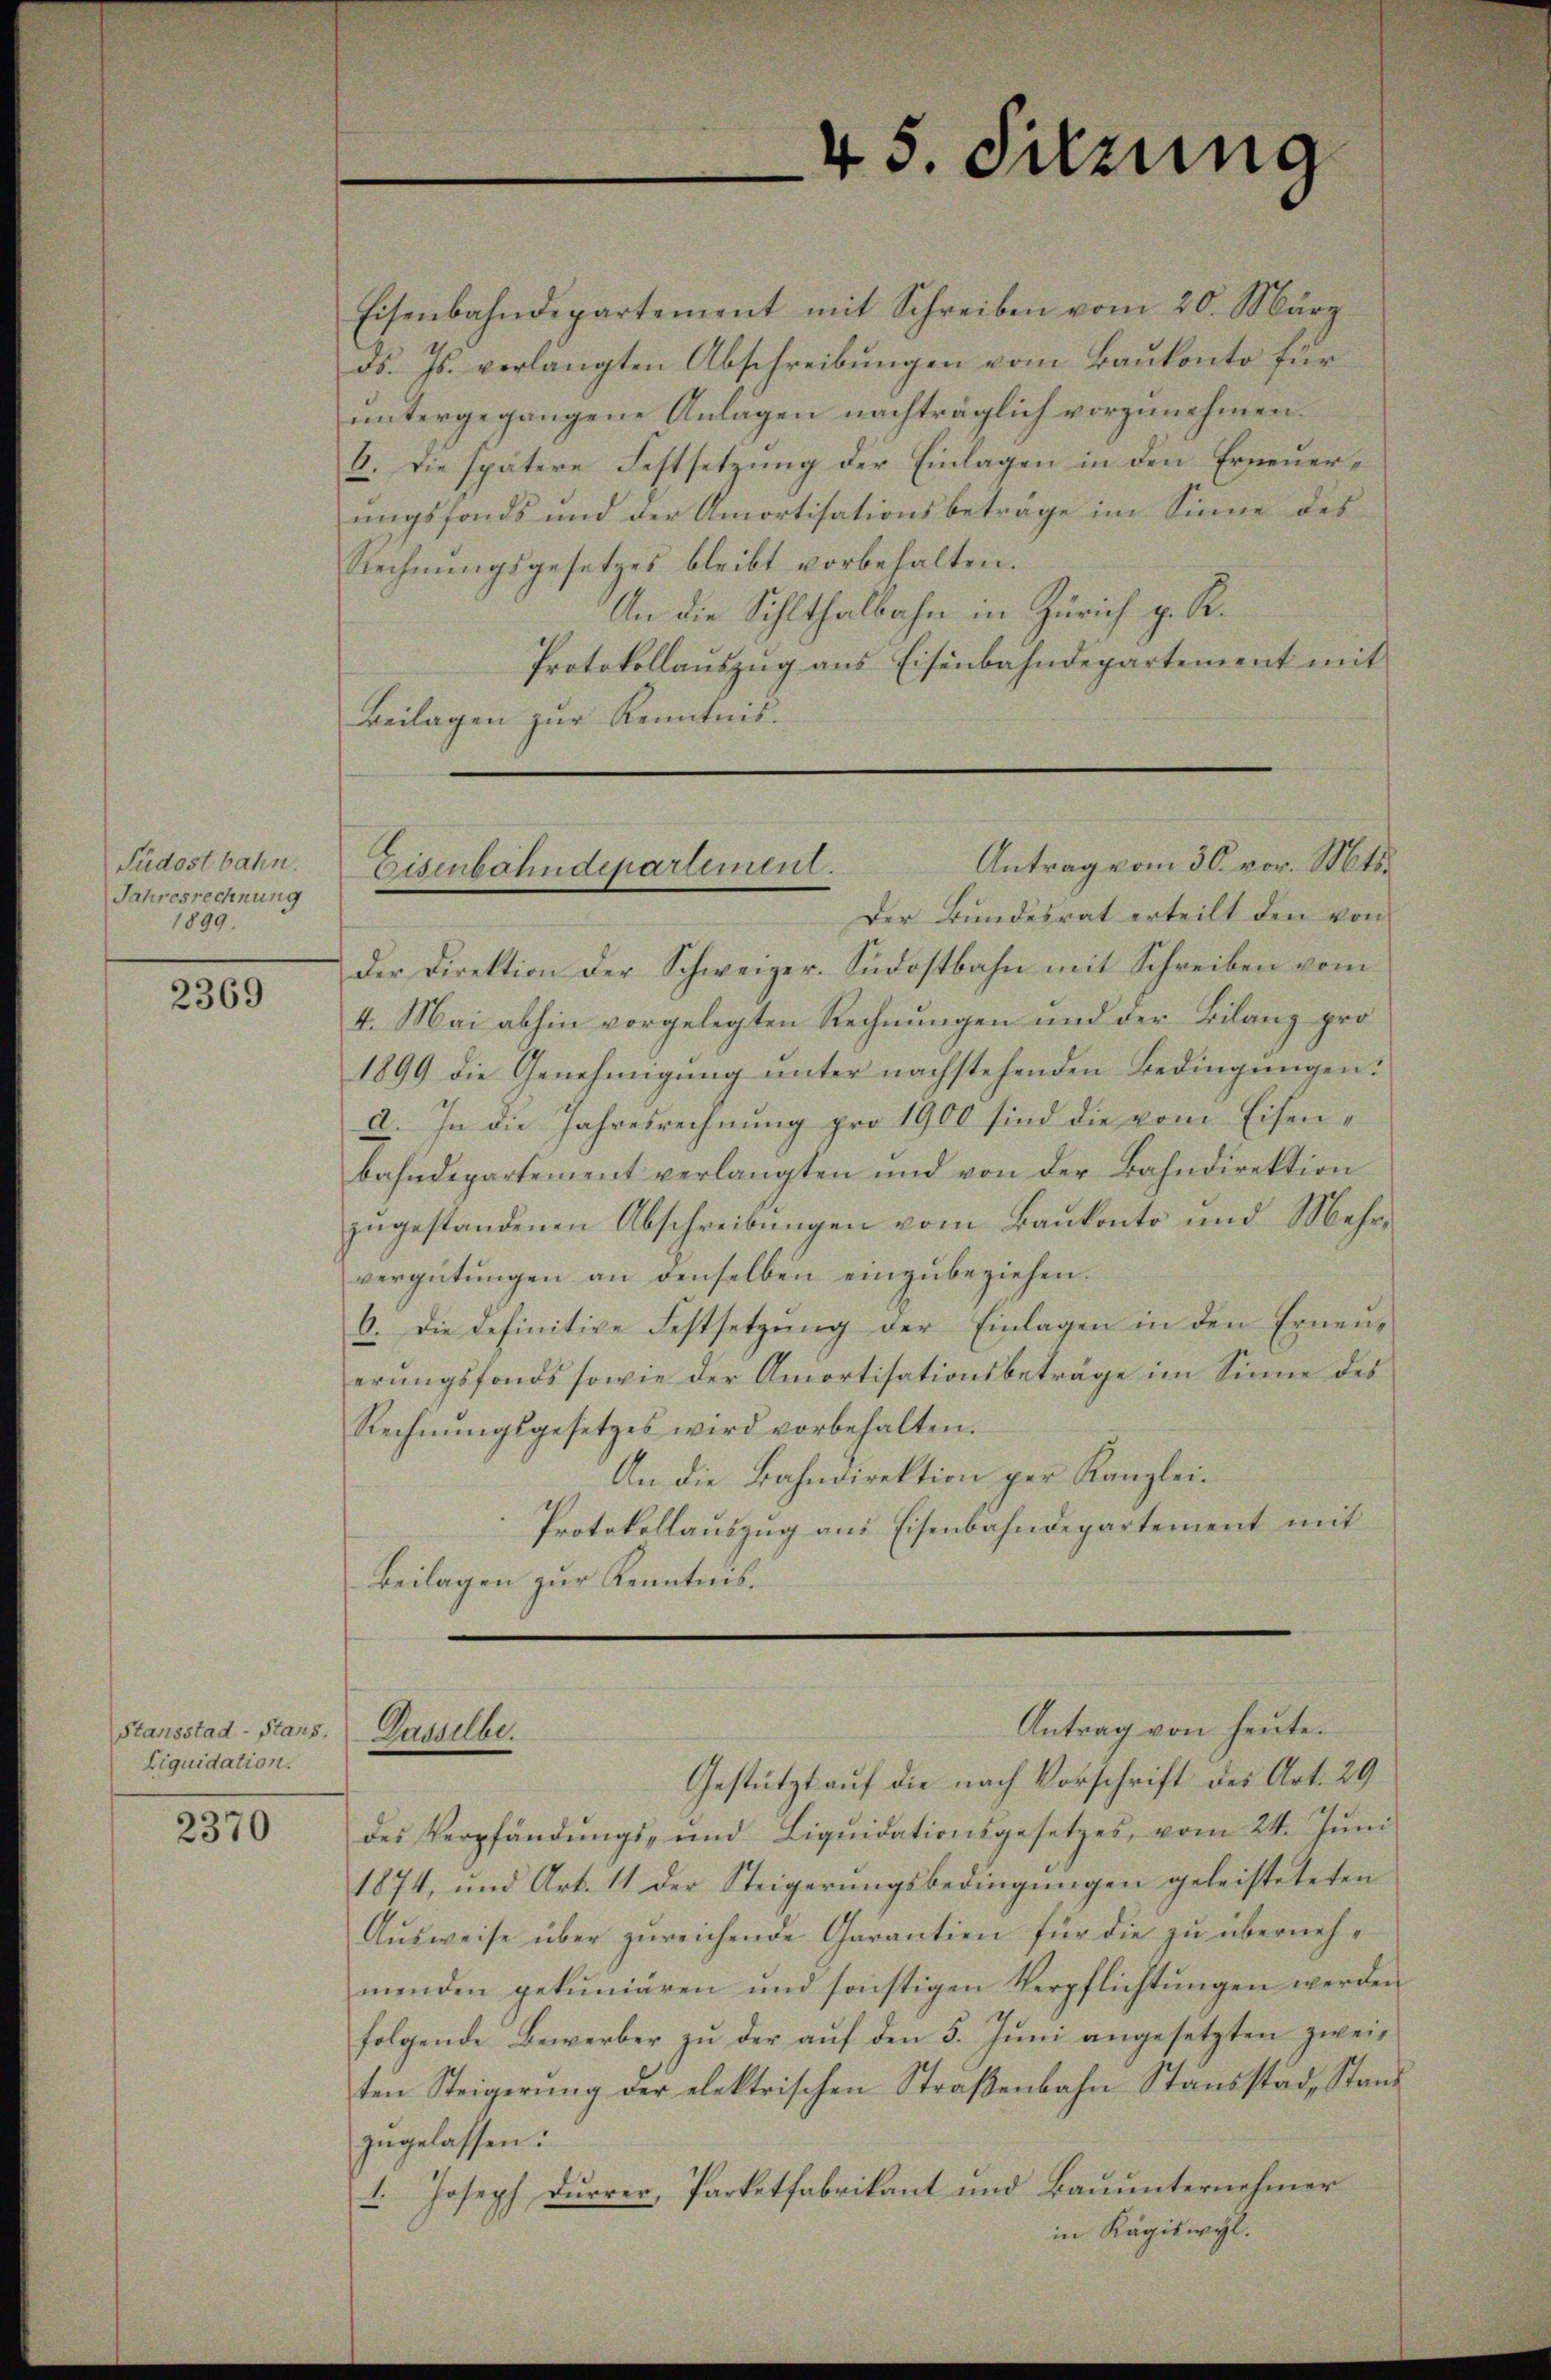
Püdostbahn.
Jahresrechnung
1899.

2369

Stansstad-Stans.
Liquidation.

2370

Eisenbahndepartement mit Schreiben vom 20. März
ds. Js. verlangten Abschreibungen vom Baukonto für
untergegangene Anlagen nachträglich vorzunehmen.
6. Die spätere Festsetzung der Einlagen in den Erneuerungsfonds und der Amortisationsbeträge im Sinne des
Rechnungsgesetzes bleibt vorbehalten.
An die Sihlthalbahn in Zürich p. R.
Protokollauszug aus Eisenbahndepartement mit
Beilagen zur Kenntnis.

45. Sitzung

der Direktion der Schweizer. Südostbahn mit Schreiben vom
4. Mai abhin vorgelegten Rechnungen und der Bilang pro¬
1899 die Genehmigŭng ŭnter nachstehenden Bedingŭngen:
a. In die Jahresrechnung pro 1900 sind die vom Eisenbahndepartement verlangten und von der Bahndirektion
zugestandenen Abschreibungen vom Bankonto und Mehrvergütungen an denselben einzubeziehen.
6. Die definitive Festsetzŭng der Einlagen in den Erneŭ-
erungsfonds sowie der Amortisationsbeträge im Sinne des
Rechnŭngsgesetzes wird vorbehalten.
An die Bahndirektion per Kanzlei.
Protokollauszug aus Eisenbahndepartement mit
Beilagen zur Kenntnis.

Antrag vom 30. vor. Mts.
Eisenbahndepartement.
Der Bundesrat erteilt den von

Antrag von heute.
Dasselber

Gestützt auf die nach Vorschrift des Art. 29
des Verpfändŭngs- und Liqŭidationsgesetzes, vom 24. Jŭni
1874, und Art. 11 der Steigerŭngsbedingŭngen geleisteteten
Aŭsweise über zŭreichende Charantien für die zŭ übernehmenden getuniären und sonstigen Verpflichtungen werden
folgende Bewerber zŭ der aŭf den 5. Jŭni angesetzten zweiten Steigerung der elektrischen Straßenbahn Stausstad, Stand
zugelassen:
1. Joseph Durrer, Parketfabrikant und Bauunternehmer
in Kägiswyl.